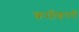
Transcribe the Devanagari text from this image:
कमीशनरी